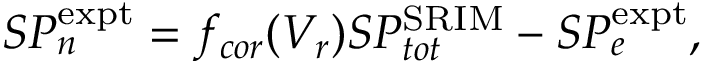
S P _ { n } ^ { \mathrm { e x p t } } = f _ { c o r } ( V _ { r } ) S P _ { t o t } ^ { \mathrm { S R I M } } - S P _ { e } ^ { \mathrm { e x p t } } ,